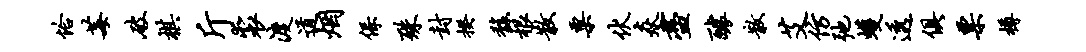
恰莓破棋斤裘渡道烟保殊封揆馥根散粟伏焱尽醵散艾仿弛蠖透俱票樽